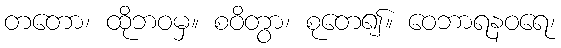
တတော၊ ထိုဘဝမှ။ စဝိတွာ၊ စုတေ၍။ ဝေဘာရနဝရေ၊